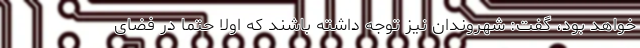
خواهد بود، گفت: شهروندان نیز توجه داشته باشند که اولا حتما در فضای